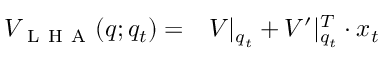
\begin{array} { r l } { V _ { \mathrm { ~ L ~ H ~ A ~ } } ( q ; q _ { t } ) = } & { { } V | _ { q _ { t } } + V ^ { \prime } | _ { q _ { t } } ^ { T } \cdot x _ { t } } \end{array}